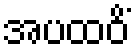
အပထဝိံ